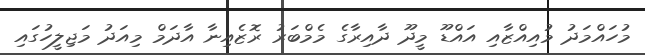
މުހައްމަދު މުއިއްޒާއި އައްޑޫ މީދޫ ދާއިރާގެ މެމްބަރު ރޮޒެއިނާ އާދަމް މިއަދު މަޖިލީހުގައި